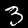
Label: 3